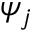
\psi _ { j }